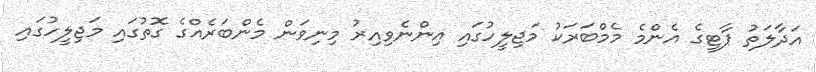
އަދާލަތު ޕާޓީގެ އެންމެ މެމްބަރަކު މަޖިލީހުގައި އިންނެވިއިރު މިނިވަން މެންބަރެއްގެ ގޮތުގައި މަޖިލީހުގައި